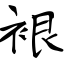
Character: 裉